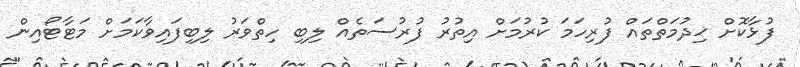
ފުޅާކޮށް ޚިދުމަތްތައް ފުރިހަމަ ކުރުމަށް އިތުރު ފުރުސަތެއް ލިބި ހިތްވަރު ލިބިފައިވާކަމަށް މަޓާޓޯއިން